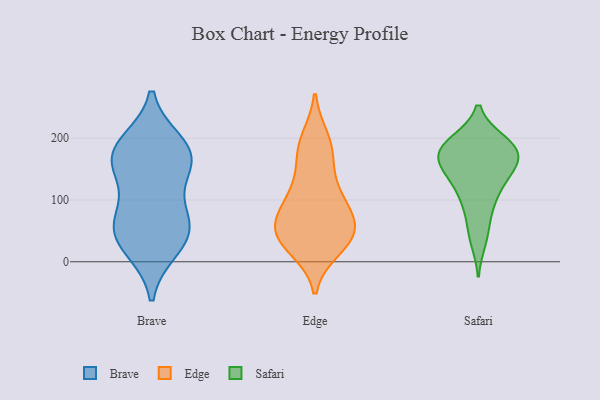
{"axis": {"x": "Market Share (%)", "y": "Value"}, "legend": ["Brave", "Edge", "Safari"], "data": [{"x": "", "y": 24, "type": "Brave"}, {"x": "", "y": 172, "type": "Brave"}, {"x": "", "y": 42, "type": "Brave"}, {"x": "", "y": 74, "type": "Brave"}, {"x": "", "y": 167, "type": "Brave"}, {"x": "", "y": 172, "type": "Brave"}, {"x": "", "y": 150, "type": "Brave"}, {"x": "", "y": 189, "type": "Brave"}, {"x": "", "y": 69, "type": "Brave"}, {"x": "", "y": 47, "type": "Brave"}, {"x": "", "y": 128, "type": "Edge"}, {"x": "", "y": 67, "type": "Edge"}, {"x": "", "y": 185, "type": "Edge"}, {"x": "", "y": 112, "type": "Edge"}, {"x": "", "y": 34, "type": "Edge"}, {"x": "", "y": 40, "type": "Edge"}, {"x": "", "y": 41, "type": "Edge"}, {"x": "", "y": 92, "type": "Edge"}, {"x": "", "y": 61, "type": "Edge"}, {"x": "", "y": 23, "type": "Edge"}, {"x": "", "y": 175, "type": "Edge"}, {"x": "", "y": 80, "type": "Edge"}, {"x": "", "y": 197, "type": "Edge"}, {"x": "", "y": 43, "type": "Edge"}, {"x": "", "y": 181, "type": "Safari"}, {"x": "", "y": 94, "type": "Safari"}, {"x": "", "y": 191, "type": "Safari"}, {"x": "", "y": 159, "type": "Safari"}, {"x": "", "y": 35, "type": "Safari"}, {"x": "", "y": 194, "type": "Safari"}, {"x": "", "y": 183, "type": "Safari"}, {"x": "", "y": 52, "type": "Safari"}, {"x": "", "y": 155, "type": "Safari"}, {"x": "", "y": 144, "type": "Safari"}, {"x": "", "y": 95, "type": "Safari"}, {"x": "", "y": 130, "type": "Safari"}, {"x": "", "y": 179, "type": "Safari"}, {"x": "", "y": 159, "type": "Safari"}, {"x": "", "y": 170, "type": "Safari"}, {"x": "", "y": 120, "type": "Safari"}, {"x": "", "y": 194, "type": "Safari"}]}